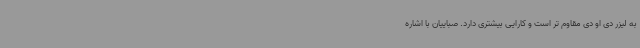
به لیزر دی او دی مقاوم تر است و کارایی بیشتری دارد. صباییان با اشاره